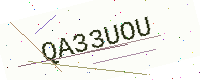
Text: QA33UOU